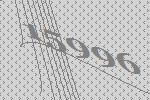
15996